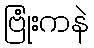
ဗြုံးကနဲ